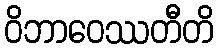
ဝိဘာဝေဿတီတိ